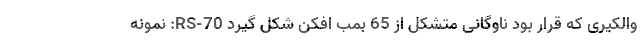
والکیری که قرار بود ناوگانی متشکل از 65 بمب افکن شکل گیرد RS-70: نمونه